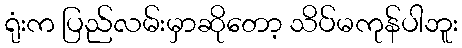
ရုံးက ပြည်လမ်းမှာဆိုတော့ သိပ်မကုန်ပါဘူး